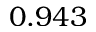
0 . 9 4 3